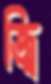
জ্বি